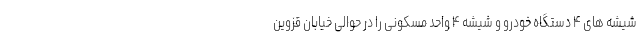
شیشه های ۴ دستگاه خودرو و شیشه ۴ واحد مسکونی را در حوالی خیابان قزوین